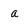
Character: a